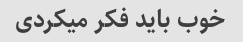
خوب باید فکر میکردی